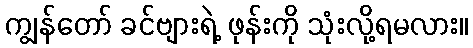
ကျွန်တော် ခင်ဗျားရဲ့ ဖုန်းကို သုံးလို့ရမလား။